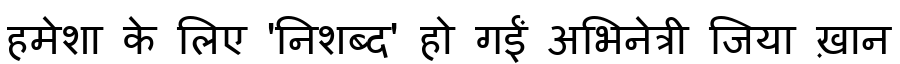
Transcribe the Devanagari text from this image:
हमेशा के लिए 'निशब्द' हो गईं अभिनेत्री जिया ख़ान